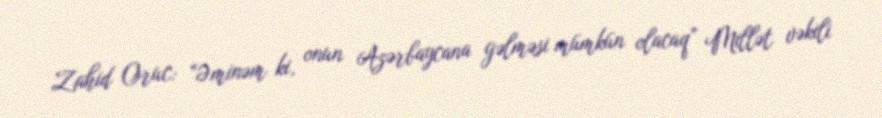
Zahid Oruc: “Əminəm ki, onun Azərbaycana gəlməsi mümkün olacaq” Millət vəkili